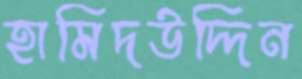
হামিদউদ্দিন